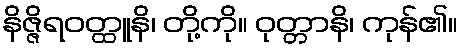
နိဇ္ဇိရဝတ္ထူနိ၊ တို့ကို။ ဝုတ္တာနိ၊ ကုန်၏။